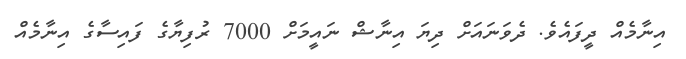
އިނާމެއް ދީފައެވެ. ދެވަނައަށް ދިޔަ އިނާޝް ނައީމަށް 7000 ރުފިޔާގެ ފައިސާގެ އިނާމެއް